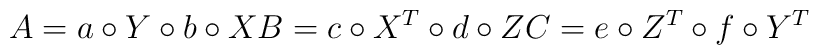
A = a \circ Y \circ b \circ X\\		    B = c \circ X^T \circ d \circ Z\\		    C = e \circ Z^T \circ f \circ Y^T